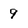
Character: 9